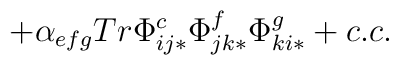
+ \alpha_{efg} Tr \Phi^c_{ij*}\Phi^f_{jk*}\Phi^g_{ki*} + c.c.